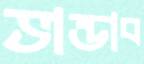
ভান্ডাব